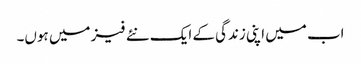
اب میں اپنی زندگی کے ایک نئے فیز میں ہوں۔